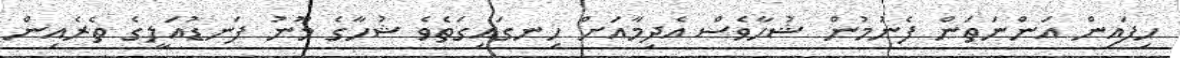
ހިފައިން އަންނަތަން ފެނުމުން ޝުހާވެސް އެދިމާއަށް ހިނގައިގަތެވެ ޝުހާގެ މޫނު ފަނޑުއަލީގެ ތެރެއިން